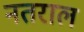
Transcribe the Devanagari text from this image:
नतराल